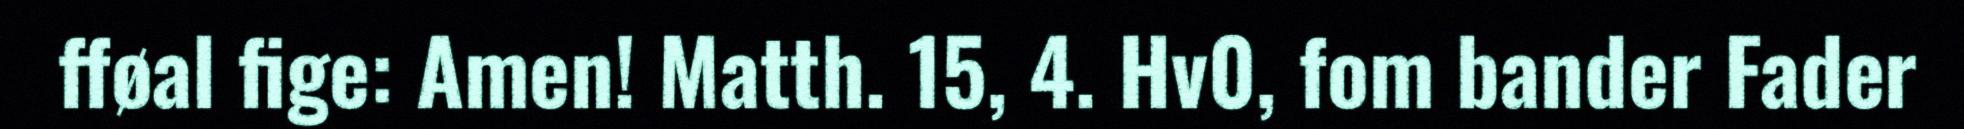
fføal fige: Amen! Matth. 15, 4. Hv0, fom bander Fader